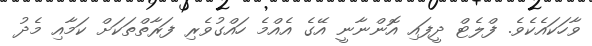
ވާހަކައެކެވެ. ފްލެޓް ދީފައި އޮންނާނީ އޭގެ އެއްމެ ހައްގުވެރި ފަރާތްތަކަށް ކަމާއި މެދު